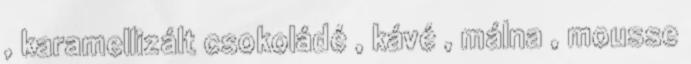
, karamellizált csokoládé , kávé , málna , mousse